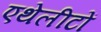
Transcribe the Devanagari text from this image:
एथेलीटों